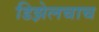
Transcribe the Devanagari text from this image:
डिझेलचाच